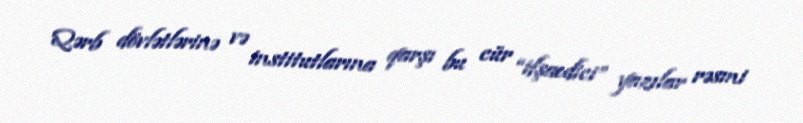
Qərb dövlətlərinə və institutlarına qarşı bu cür “ifşaedici” yazılar rəsmi